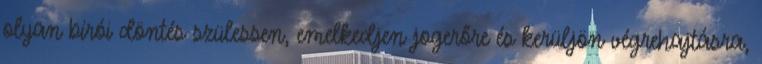
olyan bírói döntés szülessen, emelkedjen jogerőre és kerüljön végrehajtásra,